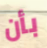
بأن